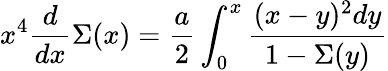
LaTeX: x^{4}{\frac{d}{dx}}\Sigma(x)={\frac{a}{2}}\int_{0}^{x}{\frac{(x-y)^{2}dy}{1-\Sigma(y)}}